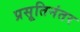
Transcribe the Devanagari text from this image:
प्रसूतिनंतर